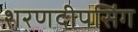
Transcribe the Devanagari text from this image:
शरणदीपसिंग